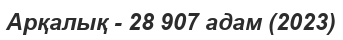
Арқалық - 28 907 адам (2023)